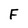
Character: F